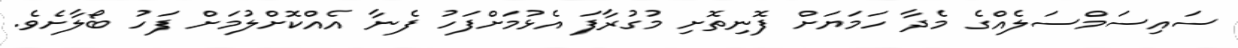
ސައިސަމްސަލެއްގެ މެދާ ހަމަޔަށް ފޮނިތޮށި މުގުރާފަ އެޅުމަށްފަހު ފެނާ އެއްކޮށްލުމަށް ފަހު ބޯލާށެވެ.